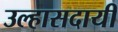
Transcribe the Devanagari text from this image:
उल्हासदायी